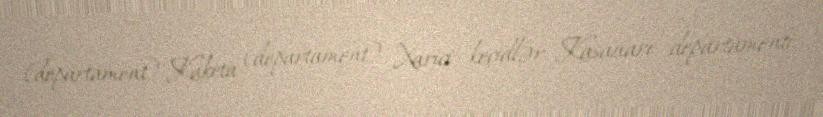
(departament) Kaketa (departament) Xarici keçidlər Kasanare departamenti.